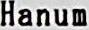
HANUM